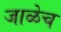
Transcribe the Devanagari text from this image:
जाळेच